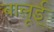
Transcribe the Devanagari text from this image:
बालूई